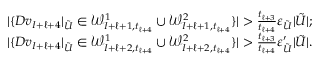
\begin{array} { r } { | \{ D v _ { I + \ell + 4 } | _ { \tilde { U } } \in \mathcal { W } _ { I + \ell + 1 , t _ { \ell + 4 } } ^ { 1 } \cup \mathcal { W } _ { I + \ell + 1 , t _ { \ell + 4 } } ^ { 2 } \} | > \frac { t _ { \ell + 3 } } { t _ { \ell + 4 } } \varepsilon _ { \tilde { U } } | \tilde { U } | ; } \\ { | \{ D v _ { I + \ell + 4 } | _ { \tilde { U } } \in \mathcal { W } _ { I + \ell + 2 , t _ { \ell + 4 } } ^ { 1 } \cup \mathcal { W } _ { I + \ell + 2 , t _ { \ell + 4 } } ^ { 2 } \} | > \frac { t _ { \ell + 3 } } { t _ { \ell + 4 } } \varepsilon _ { \tilde { U } } ^ { \prime } | \tilde { U } | . } \end{array}